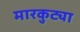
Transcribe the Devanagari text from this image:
मारकुट्या